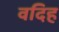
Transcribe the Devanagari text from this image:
वदिह